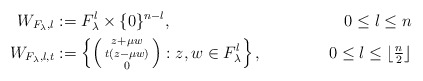
\begin{align*}W_{F_\lambda,l}&:=F_\lambda^l\times\{0\}^{n-l},&0\leq l\leq n\\W_{F_\lambda,l,t}&:=\left\{\left(\begin{smallmatrix}z+\mu w\\t(z-\mu w)\\0\end{smallmatrix}\right):z,w\in F_\lambda^{l}\right\}, &0\leq l\leq \lfloor\tfrac{n}{2}\rfloor \end{align*}